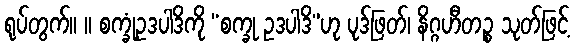
ရုပ်တွက်။ ။ စက္ခုံဥဒပါဒိကို “စက္ခု ဥဒပါဒိ”ဟု ပုဒ်ဖြတ်၊ နိဂ္ဂဟီတဉ္စ သုတ်ဖြင့်